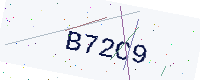
Text: B72C9